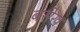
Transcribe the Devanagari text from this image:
बसेख